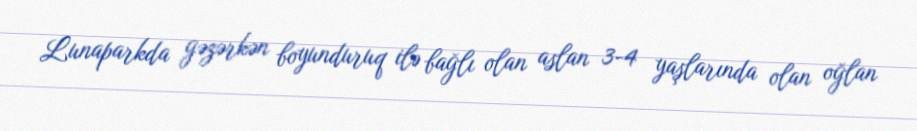
Lunaparkda gəzərkən boyunduruq ilə bağlı olan aslan 3-4 yaşlarında olan oğlan